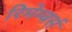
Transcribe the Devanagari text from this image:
रिमेम्बर्स